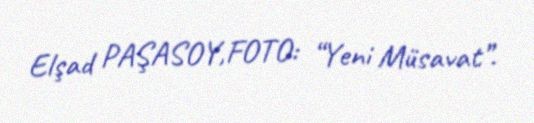
Elşad PAŞASOY,FOTO: “Yeni Müsavat”.